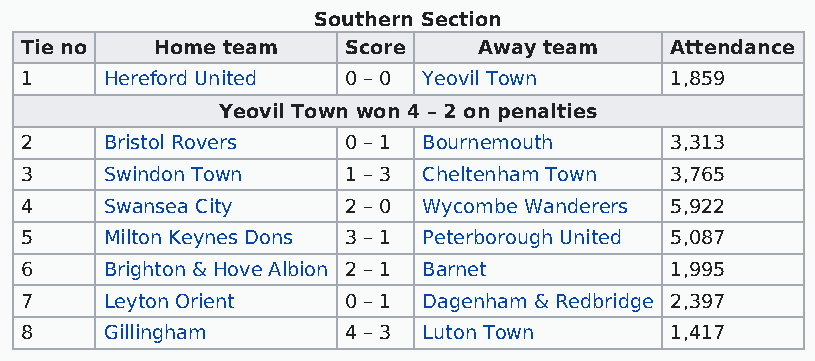
Southern Section
 Tie no   Home team    Score    Away team   Attendance
 1     Hereford United 0 – 0 Yeovil Town    1,859
 Yeovil Town won 4 – 2 on penalties
 2     Bristol Rovers  0 – 1 Bournemouth    3,313
 3     Swindon Town    1 – 3 Cheltenham Town 3,765
 4     Swansea City    2 – 0 Wycombe Wanderers 5,922
 5     Milton Keynes Dons 3 – 1 Peterborough United 5,087
 6     Brighton & Hove Albion 2 – 1 Barnet  1,995
 7     Leyton Orient   0 – 1 Dagenham & Redbridge 2,397
 8     Gillingham      4 – 3 Luton Town     1,417